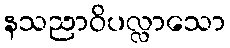
နသညာဝိပလ္လာသော